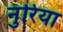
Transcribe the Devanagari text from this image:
नुरिया